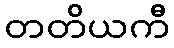
တတိယကီ